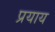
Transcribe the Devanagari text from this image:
प्रयाय